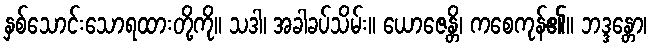
နှစ်သောင်းသောရထားတို့ကို။ သဒါ၊ အခါခပ်သိမ်း။ ယောဇေန္တိ၊ ကစေကုန်၏။ ဘဒ္ဒန္တော၊